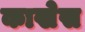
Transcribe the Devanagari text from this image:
काखेस